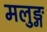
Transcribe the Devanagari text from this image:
मलुङ्ग